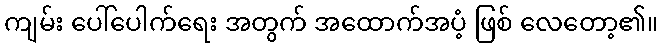
ကျမ်း ပေါ်ပေါက်ရေး အတွက် အထောက်အပံ့ ဖြစ် လေတော့၏။